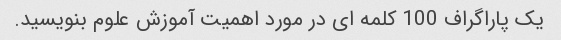
یک پاراگراف 100 کلمه ای در مورد اهمیت آموزش علوم بنویسید.